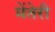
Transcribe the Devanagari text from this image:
मेंतेरी